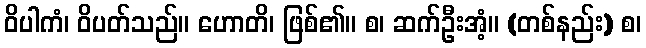
ဝိပါကံ၊ ဝိပတ်သည်။ ဟောတိ၊ ဖြစ်၏။ စ၊ ဆက်ဦးအံ့။ (တစ်နည်း) စ၊